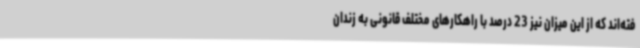
فته‌اند که از این میزان نیز 23 درصد با راهکارهای مختلف قانونی به زندان